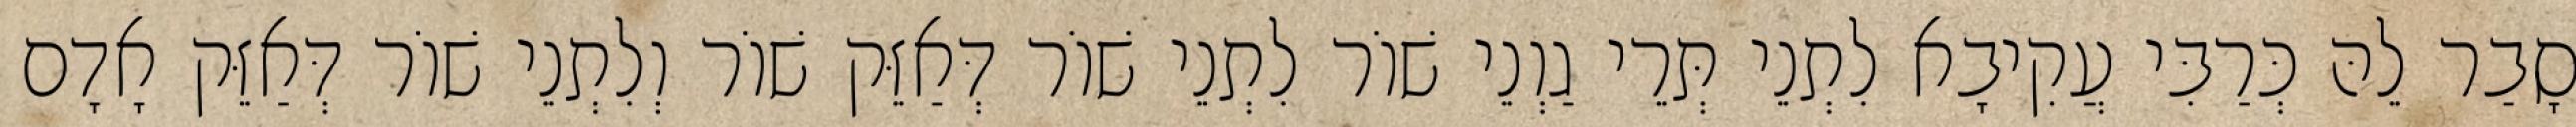
סָבַר לֵהּ כְּרַבִּי עֲקִיבָא לִתְנֵי תְּרֵי גַוְנֵי שׁוֹר לִתְנֵי שׁוֹר דְּאַזֵּק שׁוֹר וְלִתְנֵי שׁוֹר דְּאַזֵּק אָדָם